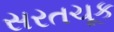
સરતચૂક